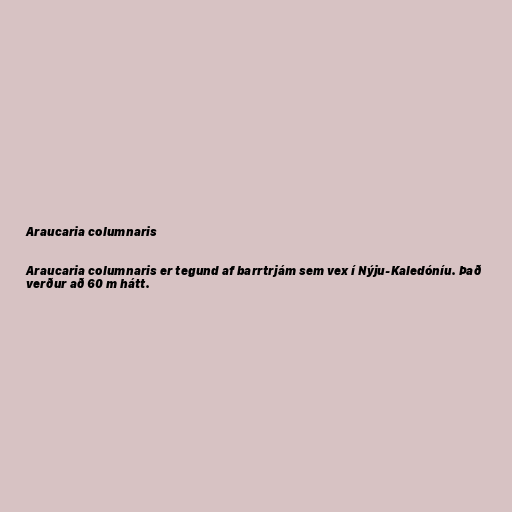
Araucaria columnaris

Araucaria columnaris er tegund af barrtrjám sem vex í Nýju-Kaledóníu. Það
verður að 60 m hátt.